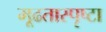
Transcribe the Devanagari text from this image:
मूढतास्पृष्टा